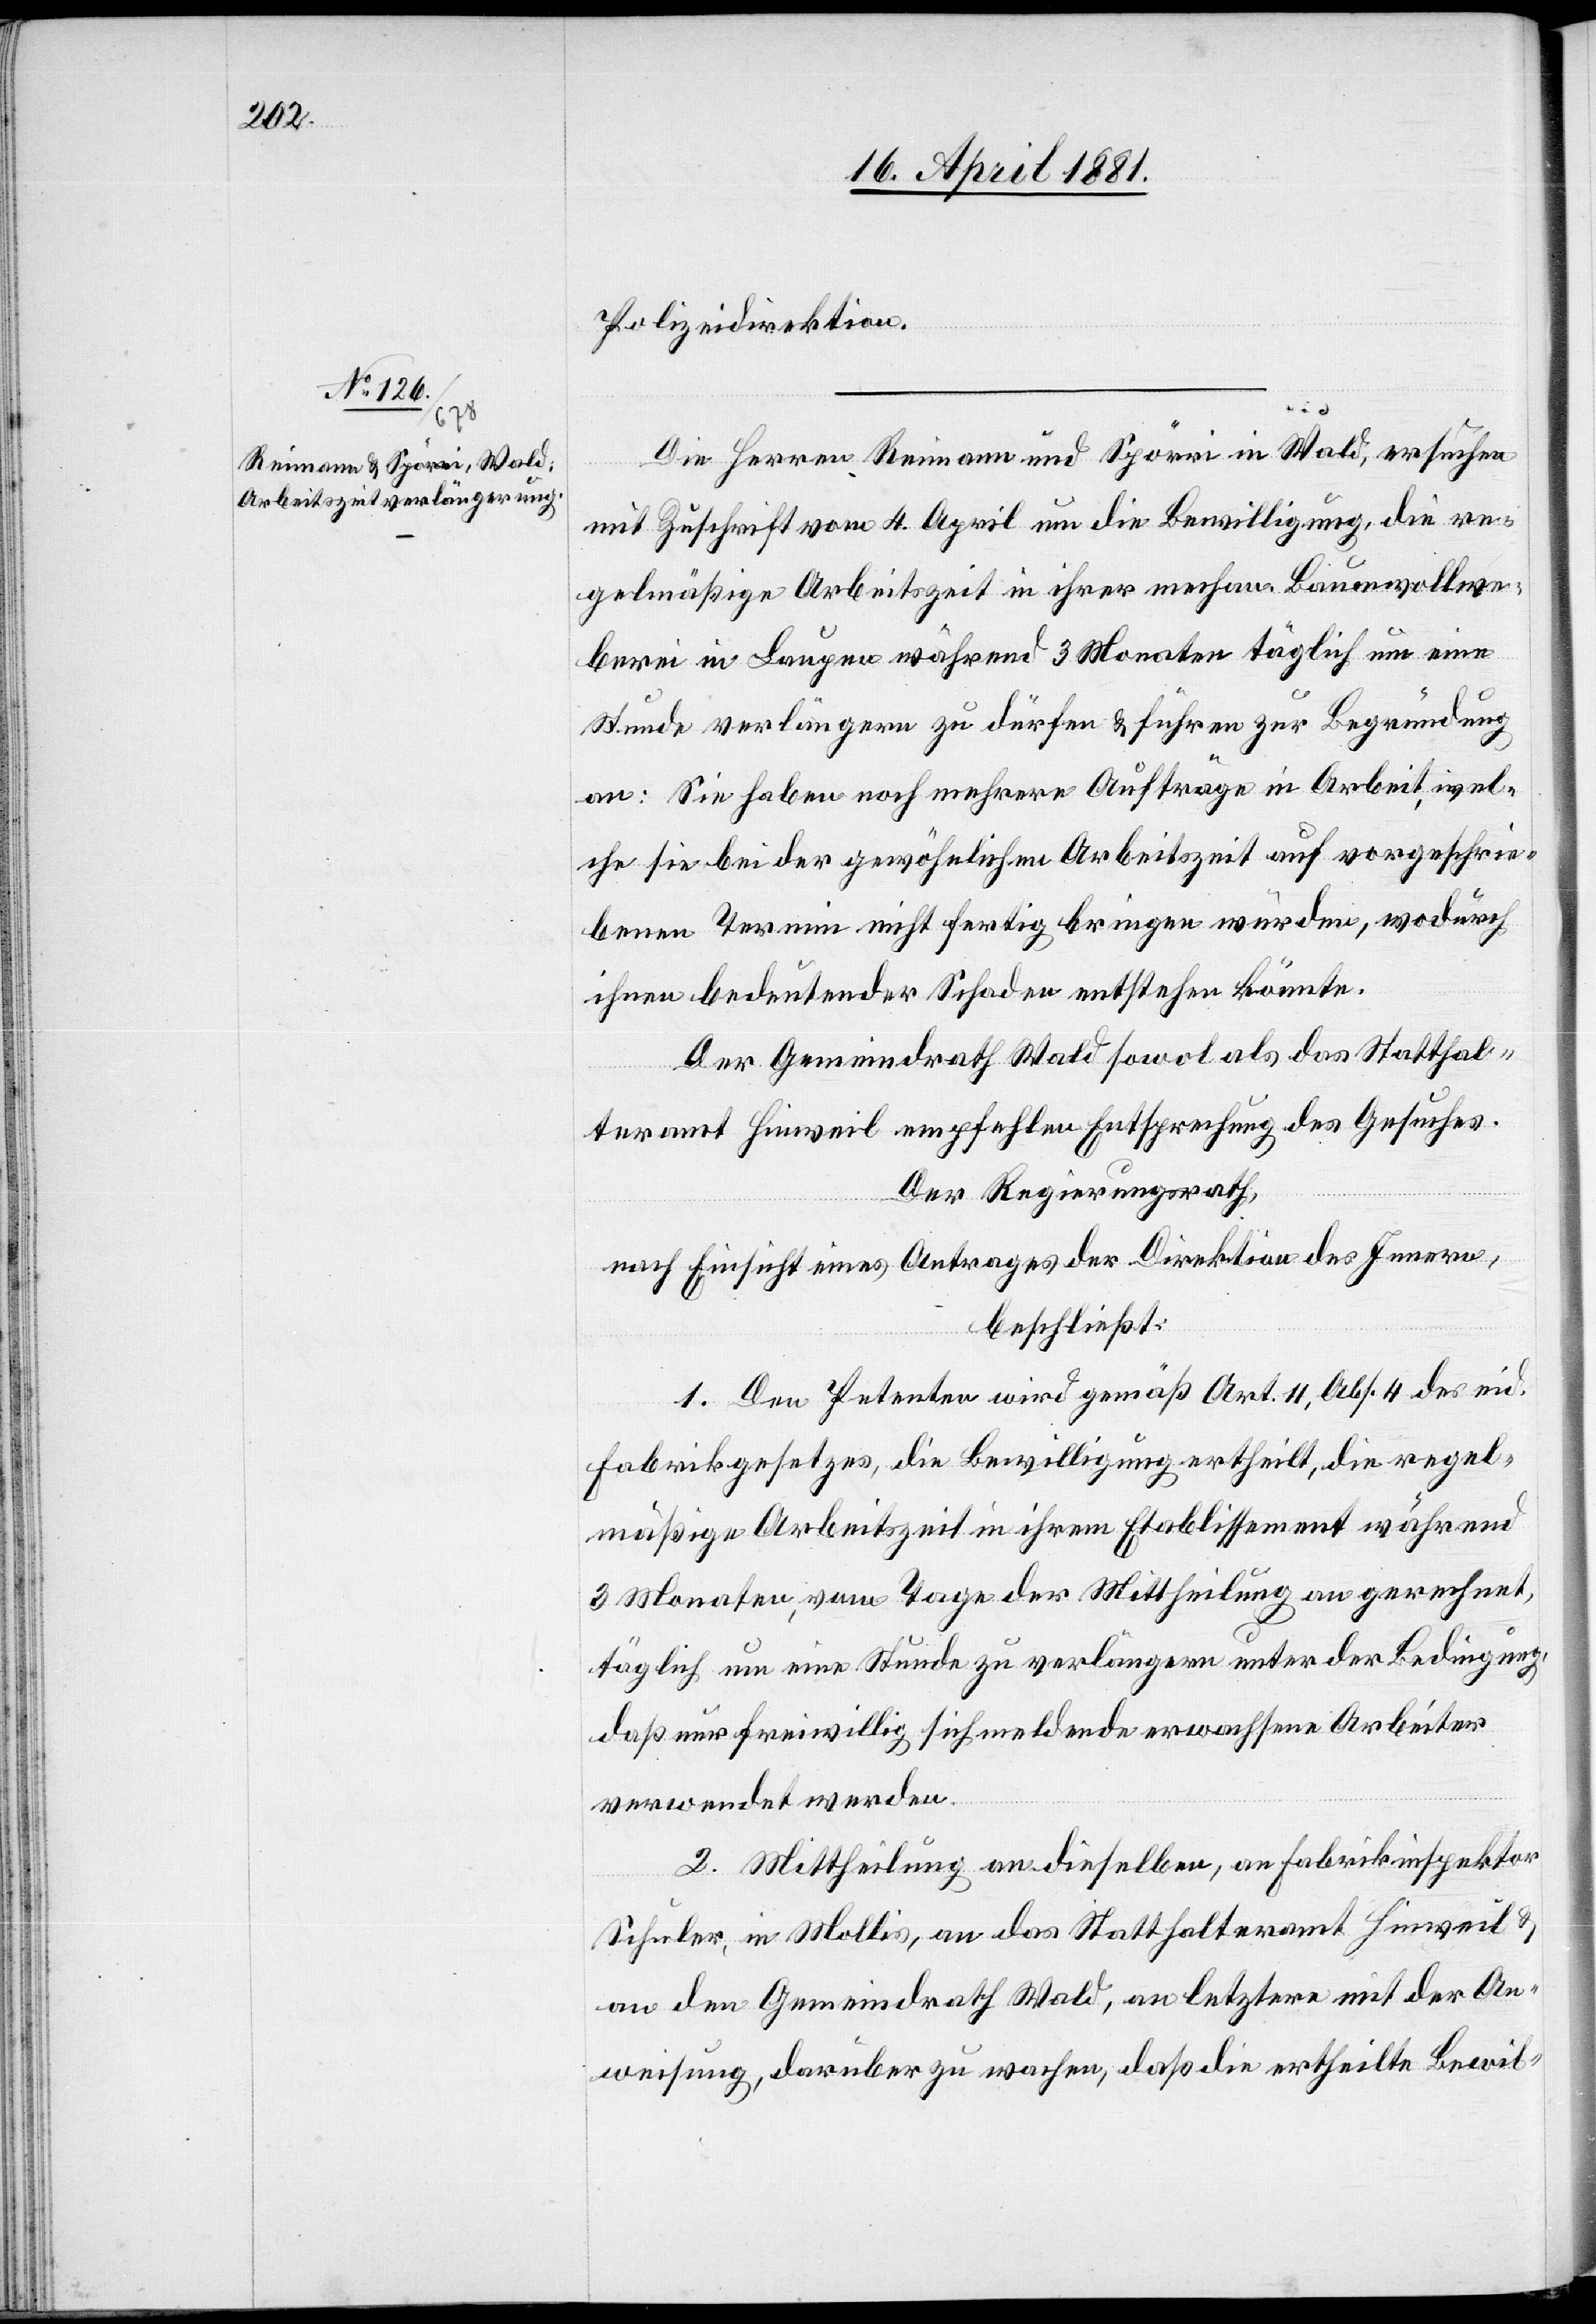
Polizeidirektion.
DieHerren Reimann und Spörri in Wald, ersuchen
mit Zuschrift vom 4. April um die Bewilligung, die re¬
gelmäßige Arbeitszeit in ihrer mechan. Baumwollwe¬
berei in Laupen während 3 Monaten täglich um eine
Stunde verlängern zu dürfen & führen zur Begründung
an: Sie haben noch mehrere Aufträge in Arbeit, wel¬
che sie bei der gewöhnlichen Arbeitszeit auf vorgeschrie¬
benen Termin nicht fertig bringen würden, wodurch
ihnen bedeutender Schaden entstehen könnte.
Der Gemeindrath Wald sowol als das Statthal¬
teramt Hinweil empfehlen Entsprechung des Gesuchs.
Der Regierungsrath,
nach Einsicht eines Antrages der Direktion des Innern,
beschließt:
1. Den Petenten wird gemäß Art. 11, Abs. 4 des eid.
Fabrikgesetzes, die Bewilligung ertheilt, die regel¬
mäßige Arbeitszeit in ihrem Etablissement während
3 Monaten, vom Tage der Mittheilung an gerechnet,
täglich um eine Stunde zu verlängern unter der Bedingung,
daß nur freiwillig sich meldende erwachsene Arbeiter
verwendet werden.
2. Mittheilung an dieselben, an Fabrikinspektor
Schuler, in Mollis, an das Statthalteramt Hinweil &
an den Gemeindrath Wald, an letzern mit der An¬
weisung, darüber zu wachen, daß die ertheilte Bewil-